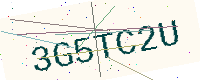
Text: 3G5TC2U